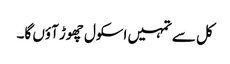
کل سے تمہیں اسکول چھوڑ آؤں گا۔